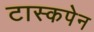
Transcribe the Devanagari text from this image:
टास्कपेन